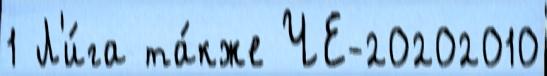
1 Л'и́га та́кже ЧЕ-20202010